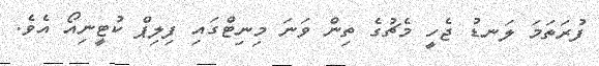
ފުރަތަމަ ލަނޑު ޖެހީ މެޗުގެ ތިން ވަނަ މިނިޓްގައި ފިލިޕް ކުޓީނިއޯ އެވެ.